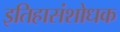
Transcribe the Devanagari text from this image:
इतिहासंशोधक